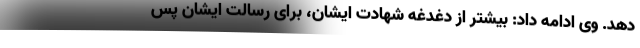
دهد. وی ادامه داد: بیشتر از دغدغه شهادت ایشان، برای رسالت ایشان پس